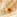
هنا